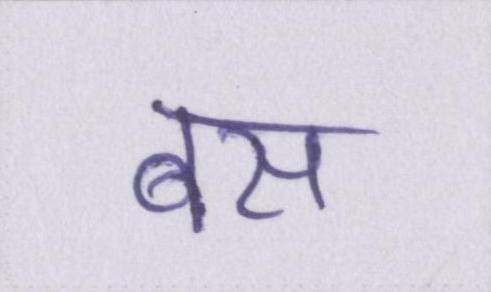
बस